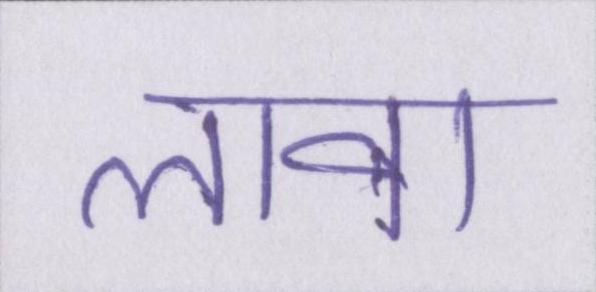
लावा